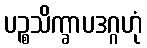
ပဉ္စသိက္ခာပဒဂ္ဂဟုံ